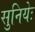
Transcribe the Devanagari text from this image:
सुनियेः